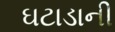
ઘટાડાની